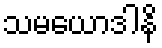
သမယောဒါနိ